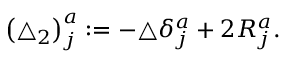
\left( \triangle _ { 2 } \right) _ { j } ^ { a } : = - \triangle \delta _ { j } ^ { a } + 2 R _ { j } ^ { a } .